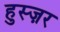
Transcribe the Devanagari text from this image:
हुस्ज़र